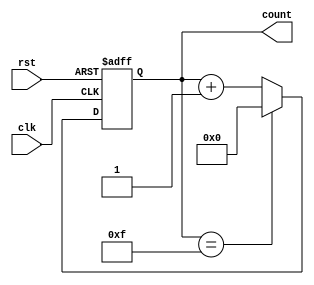
module binary_counter (
    input wire clk,      // Clock input
    input wire rst,      // Asynchronous reset
    output reg [3:0] count // 4-bit output to represent the current count
);

// Always block for the sequential logic
always @(posedge clk or posedge rst) begin
    if (rst) begin
        // On reset, set count to 0
        count <= 4'b0000;
    end else begin
        // Increment the count, wrap around at 15
        if (count == 4'b1111) begin
            count <= 4'b0000; // Wrap around to 0
        end else begin
            count <= count + 1; // Increment count
        end
    end
end

endmodule